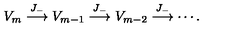
V _ { m } \stackrel { J _ { - } } { \longrightarrow } V _ { m - 1 } \stackrel { J _ { - } } { \longrightarrow } V _ { m - 2 } \stackrel { J _ { - } } { \longrightarrow } \cdots .